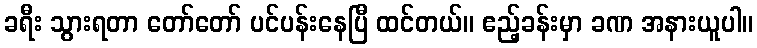
ခရီး သွားရတာ တော်တော် ပင်ပန်းနေပြီ ထင်တယ်။ ဧည့်ခန်းမှာ ခဏ အနားယူပါ။